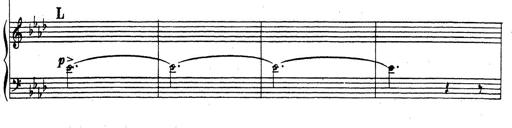
Title: Rhapsodie espagnole
Composer: Franz Liszt